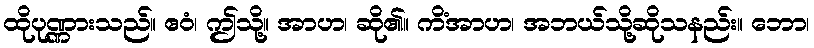
ထိုပုဏ္ဏားသည်။ ဧဝံ၊ ဤသို့။ အာဟ၊ ဆို၏။ ကိံအာဟ၊ အဘယ်သို့ဆိုသနည်း။ ဘော၊